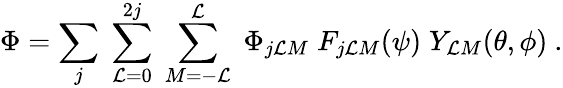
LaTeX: \Phi=\sum_{j}\; \sum_{\mathcal{L}=0}^{2j}\; \sum_{M=-\mathcal{L}}^{\mathcal{L}}\; \Phi_{j\mathcal{L}M}\; F_{j\mathcal{L}M}(\psi)\; Y_{\mathcal{L}M}(\theta,\phi)\ .